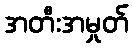
အတီးအမှုတ်